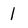
Character: 1